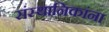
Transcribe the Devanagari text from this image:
संस्थानिकांना